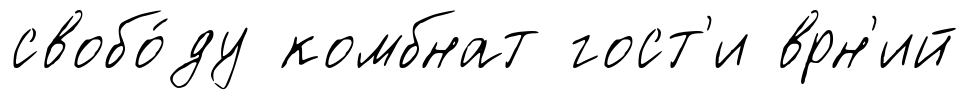
свобо́ду комбнат гост'и врн'ий